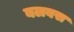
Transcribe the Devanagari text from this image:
बलबस